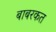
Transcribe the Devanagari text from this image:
बाबरकत